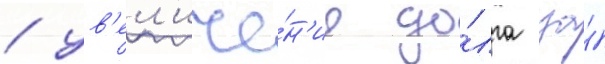
/ ув'ел'иче́н'ие до́лга за́